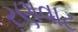
રણવાટ